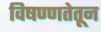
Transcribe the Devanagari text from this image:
विषण्णतेतून